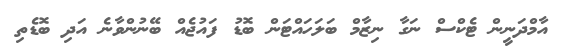
އާމްދަނީން ޓެކްސް ނަގާ ނިޒާމް ބަލަހައްޓަން ބޮޑު ފައުޖެއް ބޭނުންވާނެ އަދި ބޮޑެތި